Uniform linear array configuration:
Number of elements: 12
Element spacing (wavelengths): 0.75
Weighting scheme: blackman
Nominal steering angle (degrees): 30
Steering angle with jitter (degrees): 31.514
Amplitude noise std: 0.05
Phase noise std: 0.05

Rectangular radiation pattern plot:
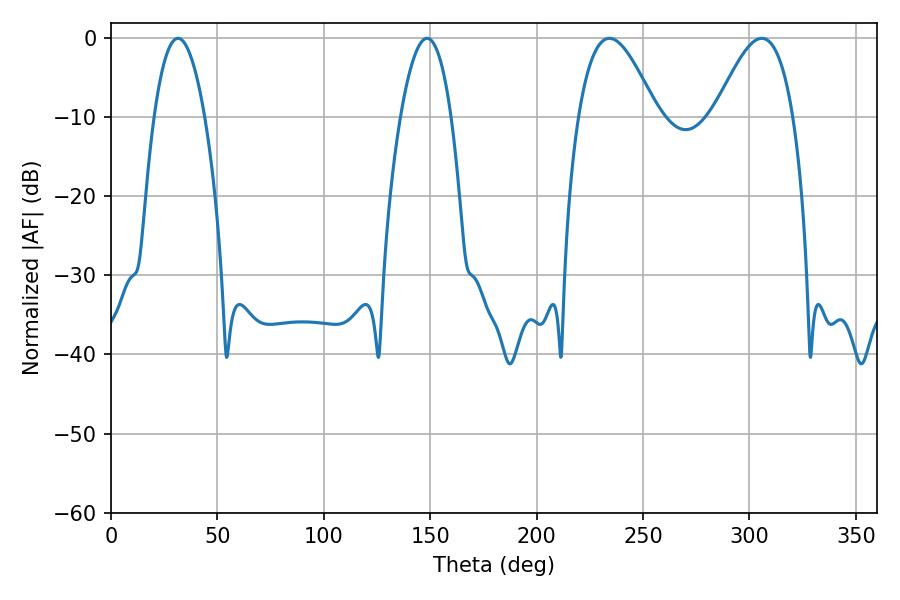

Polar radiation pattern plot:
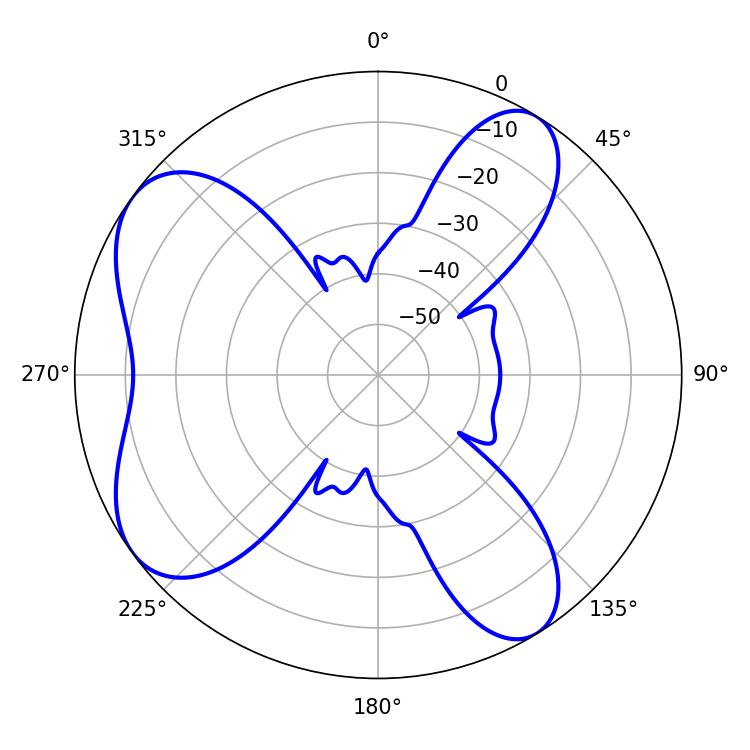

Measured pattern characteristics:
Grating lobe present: TRUE
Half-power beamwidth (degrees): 19.98
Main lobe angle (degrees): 234.18